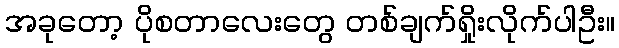
အခုတော့ ပိုစတာလေးတွေ တစ်ချက်ရှိုးလိုက်ပါဦး။